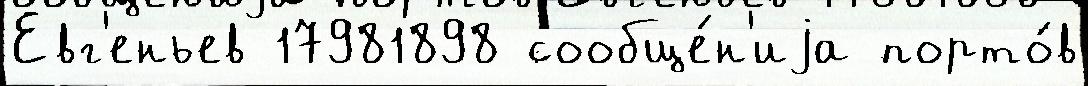
Евг'еньев 17981898 сообще́н'иjа порто́в